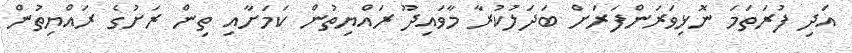
އަދި ފުރަތަމަ ނޮޅިވަރަންފަރަށް ބަދަލުކުރާ މާވައިދޫ ރައްޔިތުން ކަމަށާއި ތިން ރަށުގެ ރައްޔިތުން